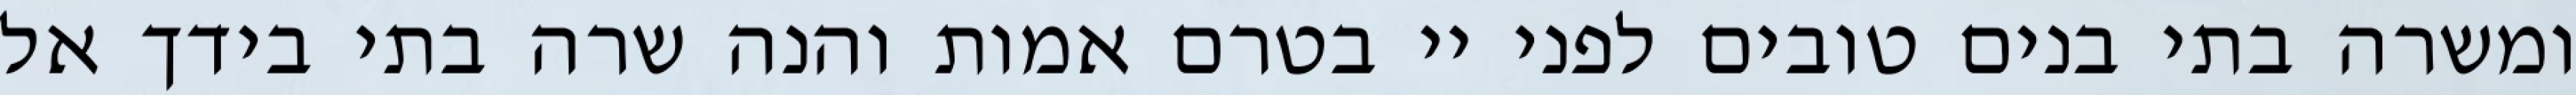
ומשרה בתי בנים טובים לפני יי בטרם אמות והנה שרה בתי בידך אל